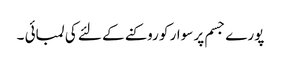
پورے جسم پر سوار کو روکنے کے لئے کی لمبائی ۔